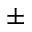
\pm